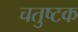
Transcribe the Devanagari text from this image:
चतुष्टक